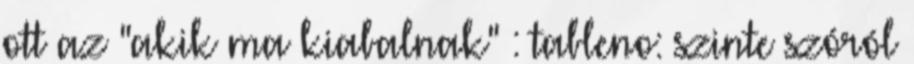
ott az "akik ma kiabalnak" : tableno: szinte szóról